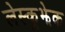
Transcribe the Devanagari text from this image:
लेस्कूझेक